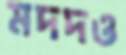
মদদও